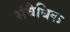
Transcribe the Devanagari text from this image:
संवैधिक